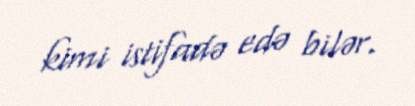
kimi istifadə edə bilər.